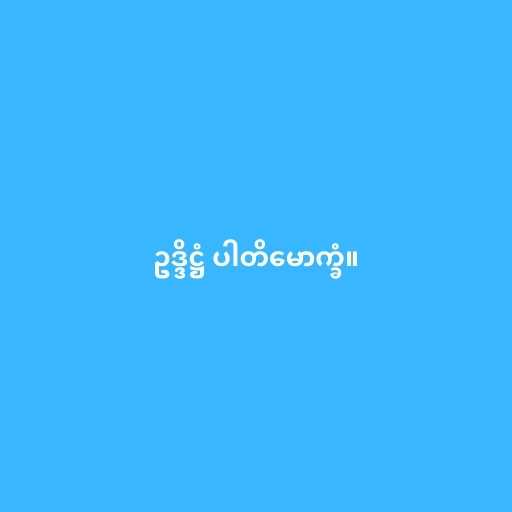
ဥဒ္ဒိဋ္ဌံ ပါတိမောက္ခံ။